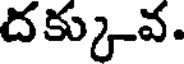
దక్కువ.